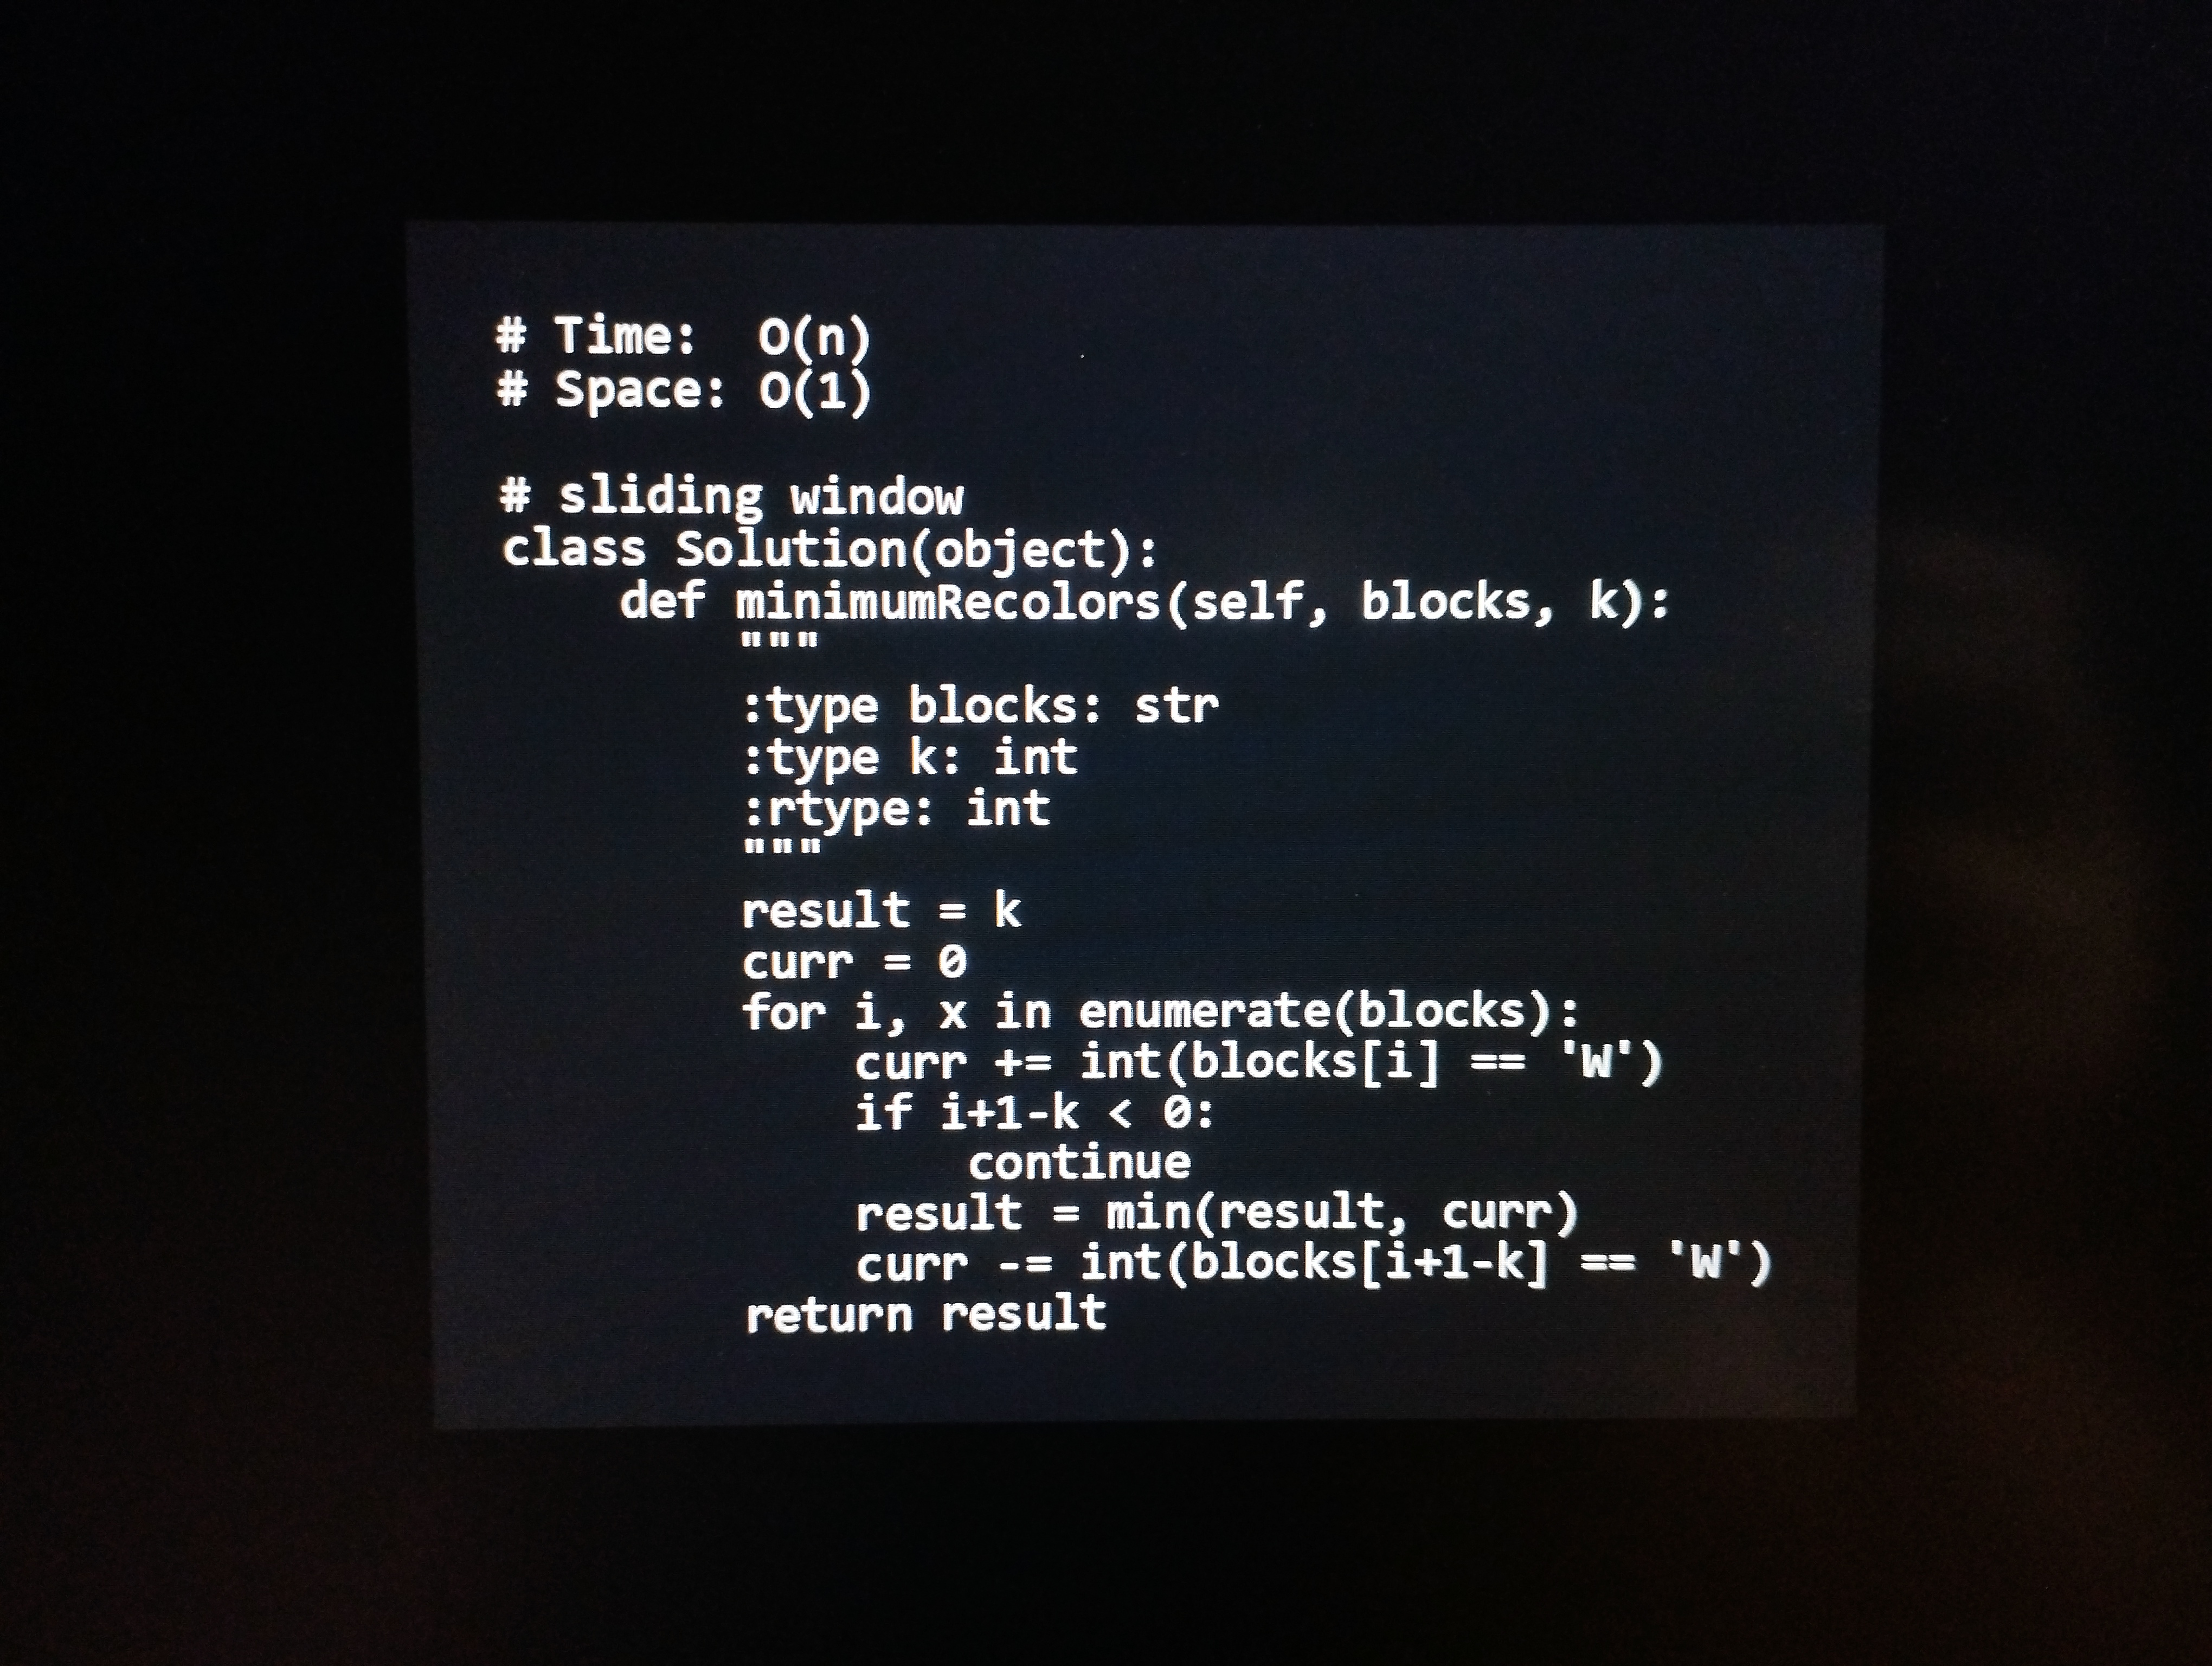
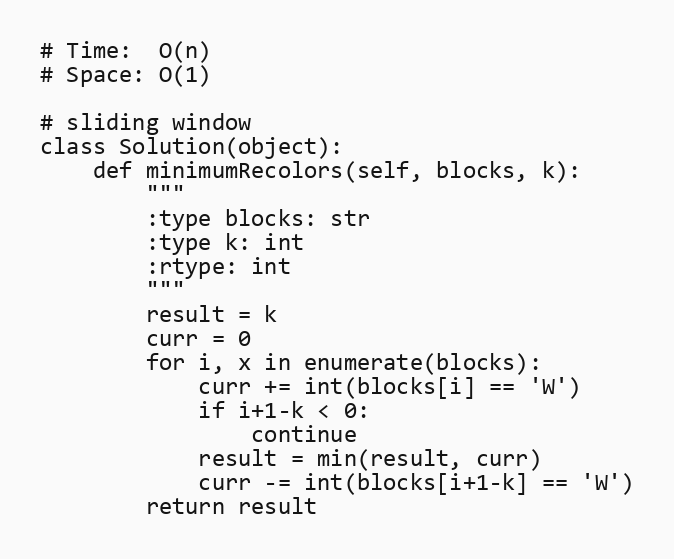
# Time:  O(n)
# Space: O(1)

# sliding window
class Solution(object):
    def minimumRecolors(self, blocks, k):
        """
        :type blocks: str
        :type k: int
        :rtype: int
        """
        result = k
        curr = 0
        for i, x in enumerate(blocks):
            curr += int(blocks[i] == 'W')
            if i+1-k < 0:
                continue
            result = min(result, curr)
            curr -= int(blocks[i+1-k] == 'W')
        return result